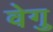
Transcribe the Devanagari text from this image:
वेगु